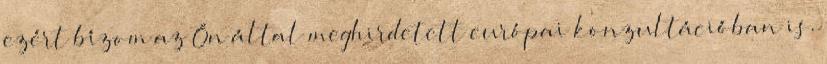
ezért bízom az Ön által meghirdetett európai konzultációban is.